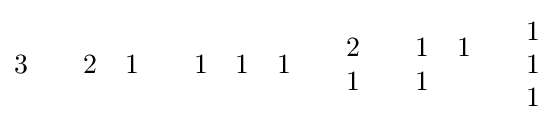
{\begin{matrix}3\end{matrix}}\qquad {\begin{matrix}2&1\end{matrix}}\qquad {\begin{matrix}1&1&1\end{matrix}}\qquad {\begin{matrix}2\\1\end{matrix}}\qquad {\begin{matrix}1&1\\1\end{matrix}}\qquad {\begin{matrix}1\\1\\1\end{matrix}}